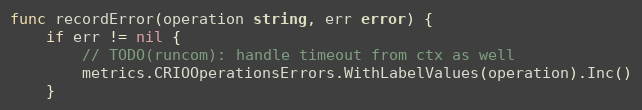
Language: Go
func recordError(operation string, err error) {
	if err != nil {
		// TODO(runcom): handle timeout from ctx as well
		metrics.CRIOOperationsErrors.WithLabelValues(operation).Inc()
	}